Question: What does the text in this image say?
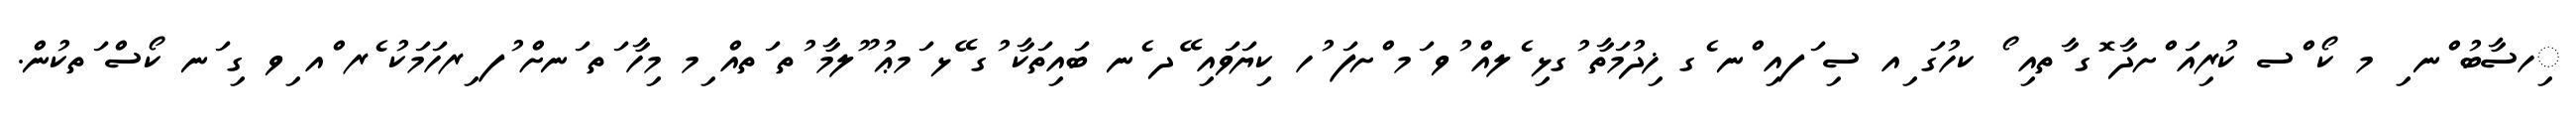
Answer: ިހސާބު ްނ ި މ ކޯ ްސ ކުރިއަ ްށދާ ޮގ ާތއި ޯ ކހުގަ ިއ ސި ަފއި ްނ ެގ ޚިދުމަތާ ުގޅި ެލއް ުވ ަމ ްށފަ ުހ ކިޔަވައި ޭދ ެނ ބައިތަކާ ުގ ޭޅ ަމޢު ޫލމާ ުތ ަތއް ިމ މިހާ ަތ ަނށް ުފ ިރހަމަކު ެރ ްއ ިވ ގި ަނ ކޯސް ަތކުން.